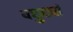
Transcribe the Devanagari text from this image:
वछुट्यां